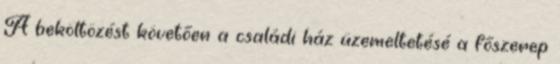
A beköltözést követően a családi ház üzemeltetésé a főszerep